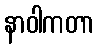
နာဝါကတာ